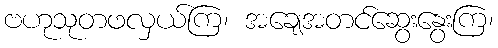
ဗဟုသုတဖလှယ်ကြ၊ အချေအတင်ဆွေးနွေးကြ၊